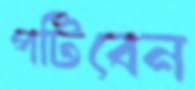
পটিবেন